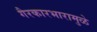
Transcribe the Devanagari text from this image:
गैरकारभारामुळे